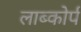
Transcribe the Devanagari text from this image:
लाब्कोर्प